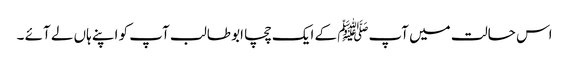
اس حالت میں آپﷺ کے ایک چچا ابو طالب آپ کو اپنے ہاں لے آئے ۔